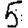
Digit: 5